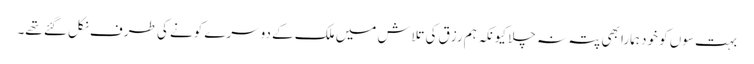
بہت سوں کو خود ہمارا بھی پتہ نہ چلا کیونکہ ہم رزق کی تلاش میں ملک کے دوسرے کونے کی طرف نکل گئے تھے۔